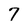
Character: 7